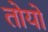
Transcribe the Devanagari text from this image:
तोयो